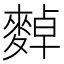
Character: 𪍈